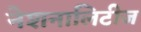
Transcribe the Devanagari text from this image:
नेशनालिटीज